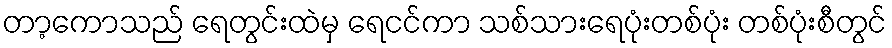
တာ့ကောသည် ရေတွင်းထဲမှ ရေငင်ကာ သစ်သားရေပုံးတစ်ပုံး တစ်ပုံးစီတွင်